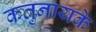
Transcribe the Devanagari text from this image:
कतुनायके